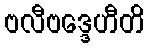
ဗလီဗဒ္ဒေဟီတိ